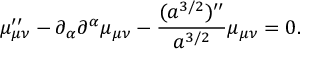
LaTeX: \mu _ { \mu \nu } ^ { \prime \prime } - \partial _ { \alpha } \partial ^ { \alpha } \mu _ { \mu \nu } - \frac { ( a ^ { 3 / 2 } ) ^ { \prime \prime } } { a ^ { 3 / 2 } } \mu _ { \mu \nu } = 0 .